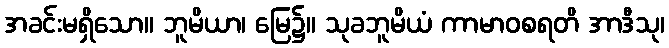
အခင်းမရှိသော။ ဘူမိယာ၊ မြေ၌။ သုခဘူမိယံ ကာမာဝစရတိ အာဒီသု၊